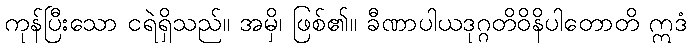
ကုန်ပြီးသော ငရဲရှိသည်။ အမှိ၊ ဖြစ်၏။ ခီဏာပါယဒုဂ္ဂတိဝိနိပါတောတိ ဣဒံ